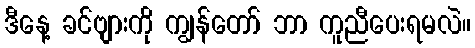
ဒီနေ့ ခင်ဗျားကို ကျွန်တော် ဘာ ကူညီပေးရမလဲ။